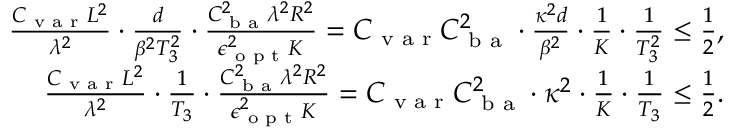
\begin{array} { r } { \frac { C _ { \textup { v a r } } L ^ { 2 } } { \lambda ^ { 2 } } \cdot \frac { d } { \beta ^ { 2 } T _ { 3 } ^ { 2 } } \cdot \frac { C _ { \textup { b a } } ^ { 2 } \lambda ^ { 2 } R ^ { 2 } } { \epsilon _ { \textup { o p t } } ^ { 2 } K } = C _ { \textup { v a r } } C _ { \textup { b a } } ^ { 2 } \cdot \frac { \kappa ^ { 2 } d } { \beta ^ { 2 } } \cdot \frac 1 K \cdot \frac 1 { T _ { 3 } ^ { 2 } } \le \frac { 1 } { 2 } , } \\ { \frac { C _ { \textup { v a r } } L ^ { 2 } } { \lambda ^ { 2 } } \cdot \frac { 1 } { T _ { 3 } } \cdot \frac { C _ { \textup { b a } } ^ { 2 } \lambda ^ { 2 } R ^ { 2 } } { \epsilon _ { \textup { o p t } } ^ { 2 } K } = C _ { \textup { v a r } } C _ { \textup { b a } } ^ { 2 } \cdot \kappa ^ { 2 } \cdot \frac 1 K \cdot \frac 1 { T _ { 3 } } \le \frac { 1 } { 2 } . } \end{array}